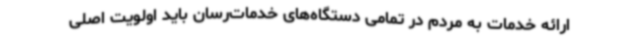
ارائه خدمات به مردم در تمامی دستگاه‌های خدمات‌رسان باید اولویت اصلی